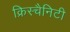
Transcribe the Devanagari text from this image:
क्रिस्चैनिटी